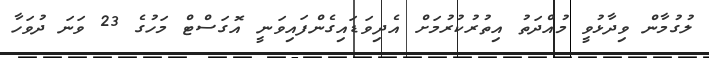
ލުގުމާން ވިދާޅުވީ މުއްދަތު އިތުރުކުރުމަށް އެދިވަޑައިގެންފައިވަނީ އޮގަސްޓް މަހުގެ 23 ވަނަ ދުވަހާ